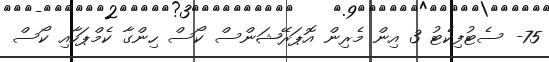
75- ސެޓުފިކެޓު 3 އިން މެރިން އޮޕަރޭޝަންސް ކޯސް ހިންގާ ކެމްޕަހާއި ކޯސް